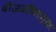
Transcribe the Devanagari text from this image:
बीजगणितानुसार